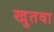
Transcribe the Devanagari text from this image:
खुतवा